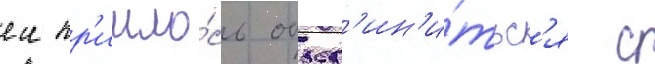
еи пр'ишло́сь объед'ин'и́тьс'я с